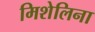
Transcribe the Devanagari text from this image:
मिशेलिना